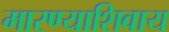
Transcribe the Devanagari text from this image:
मारण्याशिवाय